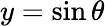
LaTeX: y=\sin\theta